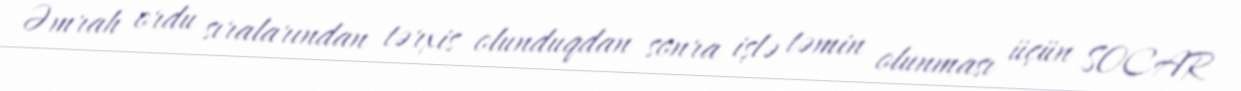
Əmrah ordu sıralarından tərxis olunduqdan sonra işlə təmin olunması üçün SOCAR